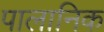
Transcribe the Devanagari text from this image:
पालानिक